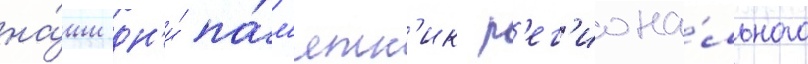
на́ши дн'и́ па́м'ятн'ик р'ег'иона́льного